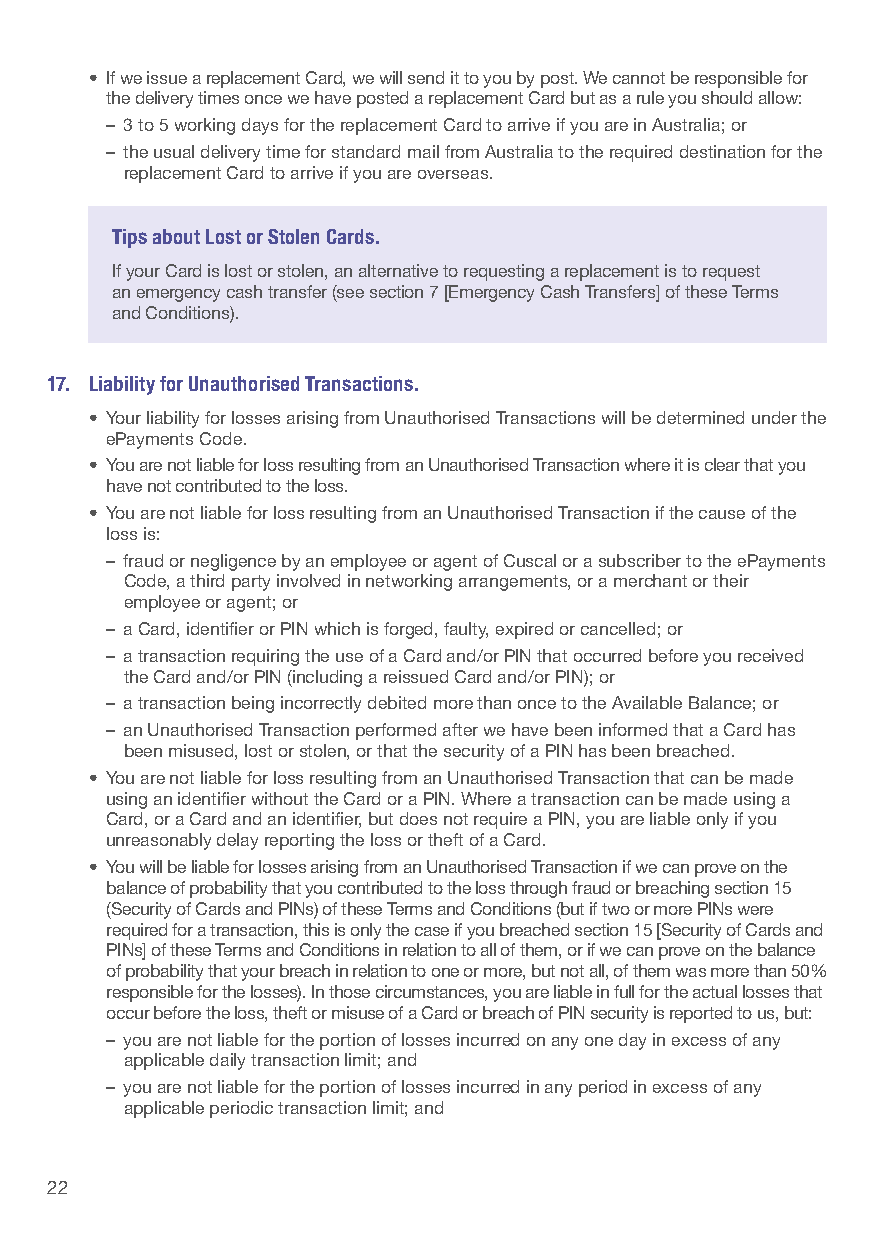
• If we issue a replacement Card, we will send it to you by post. We cannot be responsible for
 the delivery times once we have posted a replacement Card but as a rule you should allow:
 – 3 to 5 working days for the replacement Card to arrive if you are in Australia; or
 – the usual delivery time for standard mail from Australia to the required destination for the
 replacement Card to arrive if you are overseas.
 Tips about Lost or Stolen Cards.
 If your Card is lost or stolen, an alternative to requesting a replacement is to request
 an emergency cash transfer (see section 7 [Emergency Cash Transfers] of these Terms
 and Conditions).
 17. L iability for Unauthorised Transactions.
 • Your liability for losses arising from Unauthorised Transactions will be determined under the
 ePayments Code.
 • You are not liable for loss resulting from an Unauthorised Transaction where it is clear that you
 have not contributed to the loss.
 • You are not liable for loss resulting from an Unauthorised Transaction if the cause of the
 loss is:
 – fraud or negligence by an employee or agent of Cuscal or a subscriber to the ePayments
 Code, a third party involved in networking arrangements, or a merchant or their
 employee or agent; or
 – a Card, identifier or PIN which is forged, faulty, expired or cancelled; or
 – a transaction requiring the use of a Card and/or PIN that occurred before you received
 the Card and/or PIN (including a reissued Card and/or PIN); or
 – a transaction being incorrectly debited more than once to the Available Balance; or
 – an Unauthorised Transaction performed after we have been informed that a Card has
 been misused, lost or stolen, or that the security of a PIN has been breached.
 • You are not liable for loss resulting from an Unauthorised Transaction that can be made
 using an identifier without the Card or a PIN. Where a transaction can be made using a
 Card, or a Card and an identifier, but does not require a PIN, you are liable only if you
 unreasonably delay reporting the loss or theft of a Card.
 • You will be liable for losses arising from an Unauthorised Transaction if we can prove on the
 balance of probability that you contributed to the loss through fraud or breaching section 15
 (Security of Cards and PINs) of these Terms and Conditions (but if two or more PINs were
 required for a transaction, this is only the case if you breached section 15 [Security of Cards and
 PINs] of these Terms and Conditions in relation to all of them, or if we can prove on the balance
 of probability that your breach in relation to one or more, but not all, of them was more than 50%
 responsible for the losses). In those circumstances, you are liable in full for the actual losses that
 occur before the loss, theft or misuse of a Card or breach of PIN security is reported to us, but:
 – you are not liable for the portion of losses incurred on any one day in excess of any
 applicable daily transaction limit; and
 – you are not liable for the portion of losses incurred in any period in excess of any
 applicable periodic transaction limit; and
 22                                                                                                          23